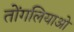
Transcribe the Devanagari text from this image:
तोंगलियाओ